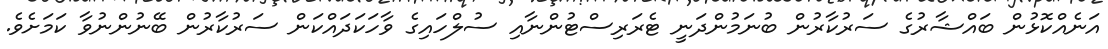
އަނެއްކޮޅުން ބައްޝާރުގެ ސަރުކާރުން ބުނަމުންދަނީ ޓެރަރިސްޓުންނާއި ސުލްހައިގެ ވާހަކަދައްކަން ސަރުކާރުން ބޭނުންނުވާ ކަމަށެވެ.